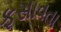
ફસાવતા